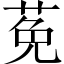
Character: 莬